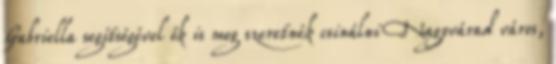
Gabriella segítségével ők is meg szeretnék csinálni Nagyvárad város,